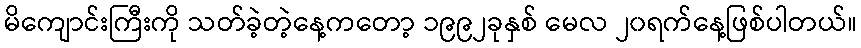
မိကျောင်းကြီးကို သတ်ခဲ့တဲ့နေ့ကတော့ ၁၉၉၂ခုနှစ် မေလ ၂၀ရက်နေ့ဖြစ်ပါတယ်။